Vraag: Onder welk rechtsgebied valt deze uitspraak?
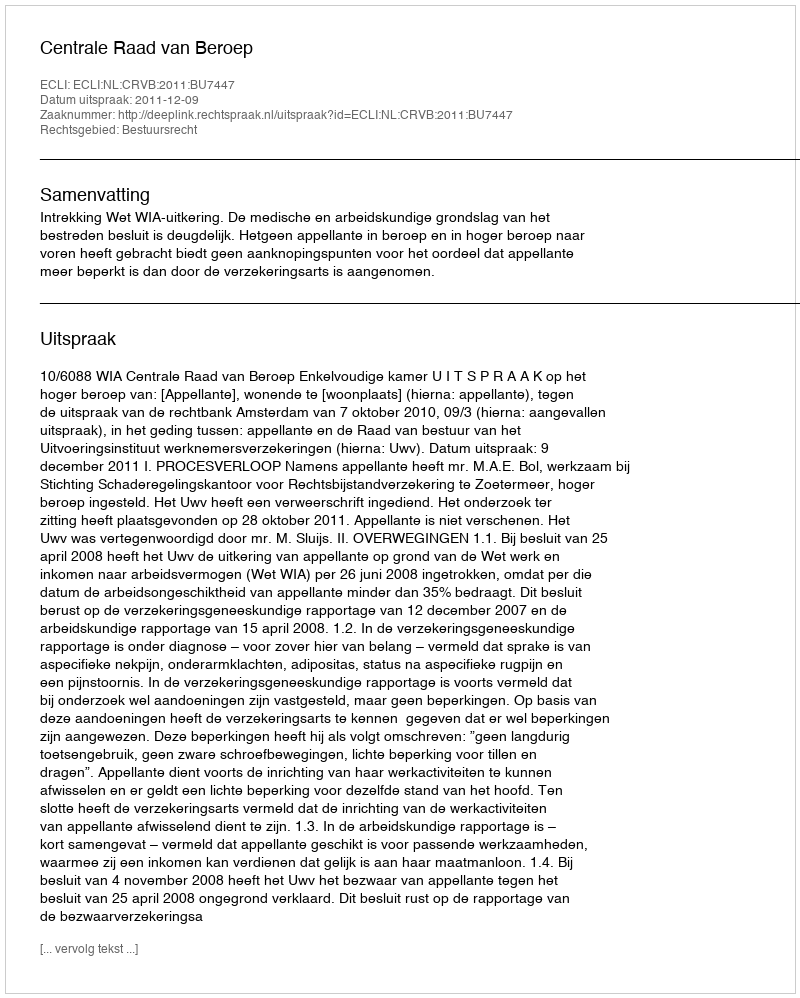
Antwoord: Bestuursrecht